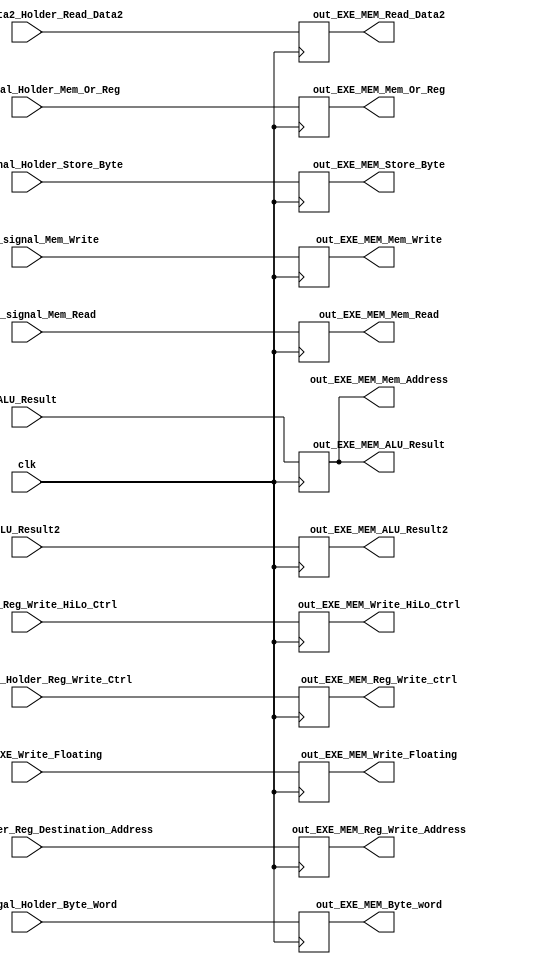
module EXE_MEM(
						output reg  out_EXE_MEM_Reg_Write_ctrl, 
										out_EXE_MEM_Mem_Or_Reg, 
										out_EXE_MEM_Byte_word,   //WB control signals
										out_EXE_MEM_Write_HiLo_Ctrl,
										out_EXE_MEM_Write_Floating,
										
									   out_EXE_MEM_Store_Byte, 
										out_EXE_MEM_Mem_Write, 
										out_EXE_MEM_Mem_Read,			//Mem control signals
										
						output reg [31:0] out_EXE_MEM_Mem_Address,
												out_EXE_MEM_Read_Data2,
												out_EXE_MEM_ALU_Result, out_EXE_MEM_ALU_Result2,
						output reg[4:0]   out_EXE_MEM_Reg_Write_Address,
										
						input out_WB_singal_Holder_Reg_Write_Ctrl, out_WB_singal_Holder_Byte_Word, out_WB_singal_Holder_Mem_Or_Reg, out_ID_EXE_Reg_Write_HiLo_Ctrl, out_ID_EXE_Write_Floating,   //WB control signals
								out_MEM_signal_Holder_Store_Byte, out_MEM_signal_Mem_Write, out_MEM_signal_Mem_Read,			//Mem control signals
								
						input	[31:0] ALU_Result, ALU_Result2,
										 out_Read_Data2_Holder_Read_Data2,
						input [4:0]	 out_Reg_Dst_Holder_Reg_Destination_Address,
						input		clk
						
						
						);
						
						initial
						begin
						
						
						  out_EXE_MEM_Reg_Write_ctrl=0; 
						  out_EXE_MEM_Mem_Or_Reg=0;
						  out_EXE_MEM_Byte_word=0; 
						  out_EXE_MEM_Store_Byte=0;
						  out_EXE_MEM_Mem_Write=0;
						  out_EXE_MEM_Mem_Read=0;	
						  out_EXE_MEM_Mem_Address=0;
						  out_EXE_MEM_Read_Data2=0;
						  out_EXE_MEM_ALU_Result=0;
						  out_EXE_MEM_Reg_Write_Address=0;
						  out_EXE_MEM_Write_HiLo_Ctrl=0;
										
						end
						
						
						
						always @(negedge clk) begin
								out_EXE_MEM_Reg_Write_ctrl = out_WB_singal_Holder_Reg_Write_Ctrl;
								out_EXE_MEM_Mem_Or_Reg = out_WB_singal_Holder_Mem_Or_Reg;
								out_EXE_MEM_Byte_word = out_WB_singal_Holder_Byte_Word ;
								out_EXE_MEM_Store_Byte = out_MEM_signal_Holder_Store_Byte;					//control singals
								out_EXE_MEM_Mem_Write = out_MEM_signal_Mem_Write;
								out_EXE_MEM_Mem_Read = out_MEM_signal_Mem_Read;
								out_EXE_MEM_Write_HiLo_Ctrl = out_ID_EXE_Reg_Write_HiLo_Ctrl;
								out_EXE_MEM_Write_Floating = out_ID_EXE_Write_Floating;
								
								
								out_EXE_MEM_ALU_Result = ALU_Result;
								out_EXE_MEM_ALU_Result2 =ALU_Result2;
								
								
								out_EXE_MEM_Mem_Address = ALU_Result;
								out_EXE_MEM_Read_Data2 = out_Read_Data2_Holder_Read_Data2;
								
								out_EXE_MEM_Reg_Write_Address = out_Reg_Dst_Holder_Reg_Destination_Address; 
								
								
						
						
						end
						
endmodule